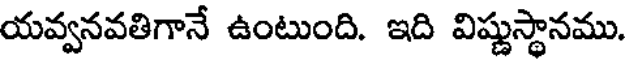
యవ్వనవతిగానే ఉంటుంది. ఇది విష్ణుస్థానము.